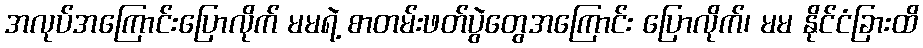
အလုပ်အကြောင်းပြောလိုက် မမရဲ့ စာတမ်းဖတ်ပွဲတွေအကြောင်း ပြောလိုက်၊ မမ နိုင်ငံခြားထိ